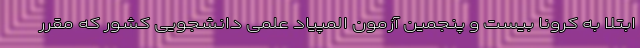
ابتلا به کرونا بیست و پنجمین آزمون المپیاد علمی دانشجویی کشور که مقرر